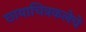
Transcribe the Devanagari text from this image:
छायाचित्रकलेचे